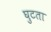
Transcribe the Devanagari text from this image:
घुटता